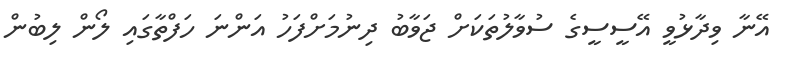
އޭނާ ވިދާޅުވީ އޭސީސީގެ ސުވާލުތަކަށް ޖަވާބު ދިނުމަށްފަހު އަންނަ ހަފްތާގައި ލޯން ލިބުން